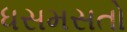
ધસમસતો